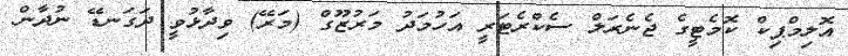
އޮލިމްޕިކް ކޮމެޓީގެ ޖެނެރަލް ސެކްރެޓަރީ އަހުމަދު މަރުޒޫގް (މަރޭ) ވިދާޅުވީ ދަގަނޑޭ ނުދާން